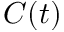
C ( t )